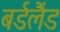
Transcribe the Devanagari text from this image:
बर्डलैंड